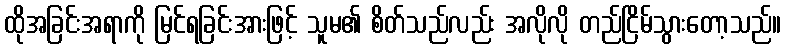
ထိုအခြင်းအရာကို မြင်ရခြင်းအားဖြင့် သူမ၏ စိတ်သည်လည်း အလိုလို တည်ငြိမ်သွားတော့သည်။